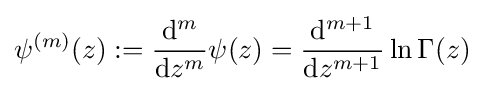
\psi ^{(m)}(z):={\frac {\mathrm {d} ^{m}}{\mathrm {d} z^{m}}}\psi (z)={\frac {\mathrm {d} ^{m+1}}{\mathrm {d} z^{m+1}}}\ln \Gamma (z)